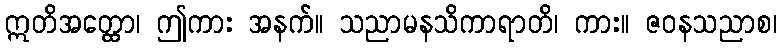
ဣတိအတ္ထော၊ ဤကား အနက်။ သညာမနသိကာရာတိ၊ ကား။ ဇဝနသညာစ၊